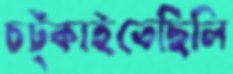
চট্‌কাইতেছিলি